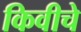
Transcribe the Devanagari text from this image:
किवीचे